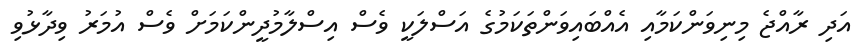
އަދި ރާއްޖެ މިނިވަންކަމާއި އެއްބައިވަންތަކަމުގެ އަސްލަކީ ވެސް އިސްލާމުދީންކަމަށް ވެސް އުމަރު ވިދާޅުވި